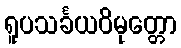
ရူပသင်္ခယဝိမုတ္တော